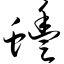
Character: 蚌